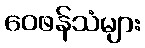
ဝေဖန်သံများ